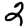
Digit: 2